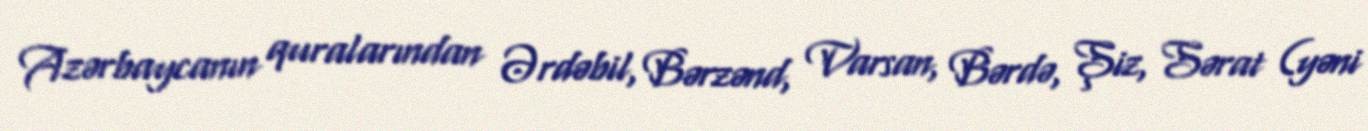
Azərbaycanın quralarından Ərdəbil, Bərzənd, Varsan, Bərdə, Şiz, Sərat (yəni